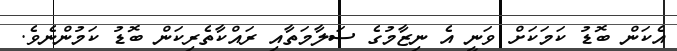
އެކަން ބޮޑު ކަމަކަށް ވަނީ އެ ނިޒާމުގެ ސަލާމަތާއި ރައްކާތެރިކަން ބޮޑު ކަމުންނެވެ.